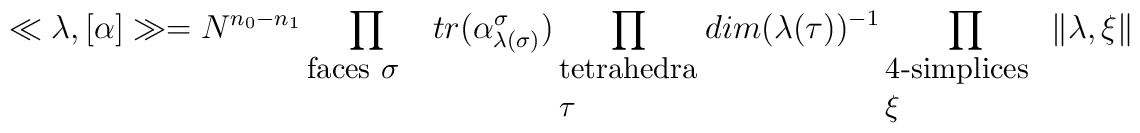
\ll \lambda, [\alpha] \gg  =N^{n_0 - n_1} \prod_{\parbox{.6in}{\small faces $\sigma$}}tr(\alpha^\sigma_{\lambda(\sigma )})\prod_{\parbox{.7in}{\small tetrahedra $\tau $}}dim(\lambda(\tau))^{-1}\prod_{\parbox{.8in}{\small 4-simplices $\xi$}}\| \lambda, \xi \|